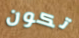
تكون